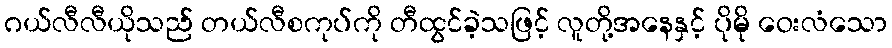
ဂယ်လီလီယိုသည် တယ်လီစကုပ်ကို တီထွင်ခဲ့သဖြင့် လူတို့အနေနှင့် ပိုမို ဝေးလံသော